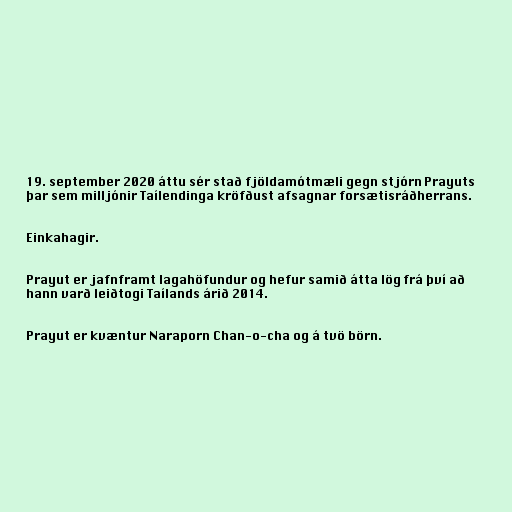
19. september 2020 áttu sér stað fjöldamótmæli gegn stjórn Prayuts
þar sem milljónir Taílendinga kröfðust afsagnar forsætisráðherrans.

Einkahagir.

Prayut er jafnframt lagahöfundur og hefur samið átta lög frá því að
hann varð leiðtogi Taílands árið 2014.

Prayut er kvæntur Naraporn Chan-o-cha og á tvö börn.